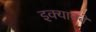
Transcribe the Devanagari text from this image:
इक्यानबे